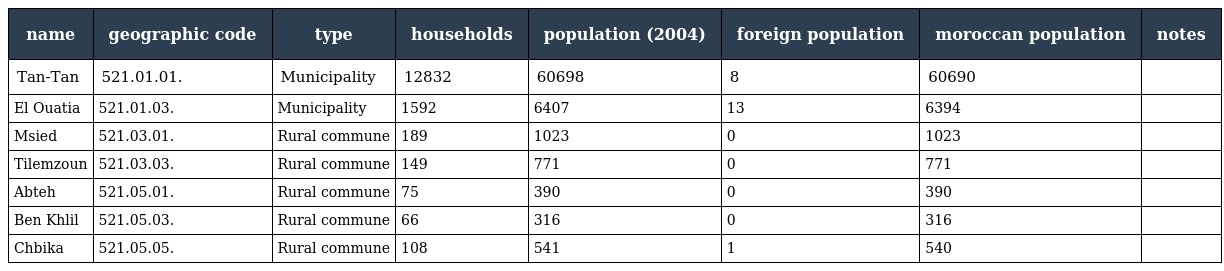
| name | geographic code | type | households | population (2004) | foreign population | moroccan population | notes |
 | --- | --- | --- | --- | --- | --- | --- | --- |
 | Tan-Tan | 521.01.01. | Municipality | 12832 | 60698 | 8 | 60690 |  |
 | El Ouatia | 521.01.03. | Municipality | 1592 | 6407 | 13 | 6394 |  |
 | Msied | 521.03.01. | Rural commune | 189 | 1023 | 0 | 1023 |  |
 | Tilemzoun | 521.03.03. | Rural commune | 149 | 771 | 0 | 771 |  |
 | Abteh | 521.05.01. | Rural commune | 75 | 390 | 0 | 390 |  |
 | Ben Khlil | 521.05.03. | Rural commune | 66 | 316 | 0 | 316 |  |
 | Chbika | 521.05.05. | Rural commune | 108 | 541 | 1 | 540 |  |